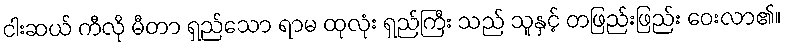
ငါးဆယ် ကီလို မီတာ ရှည်သော ရာမ ထုလုံး ရှည်ကြီး သည် သူနှင့် တဖြည်းဖြည်း ဝေးလာ၏။